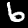
Digit: 6